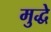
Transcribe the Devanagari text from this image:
मुद्धे